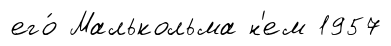
его́ Малькольма н'ем 1957